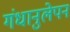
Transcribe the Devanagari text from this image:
गंधानुलेपन